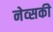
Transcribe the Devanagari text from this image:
नेव्सकी